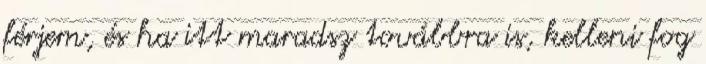
férjem, és ha itt maradsz továbbra is, kelleni fog